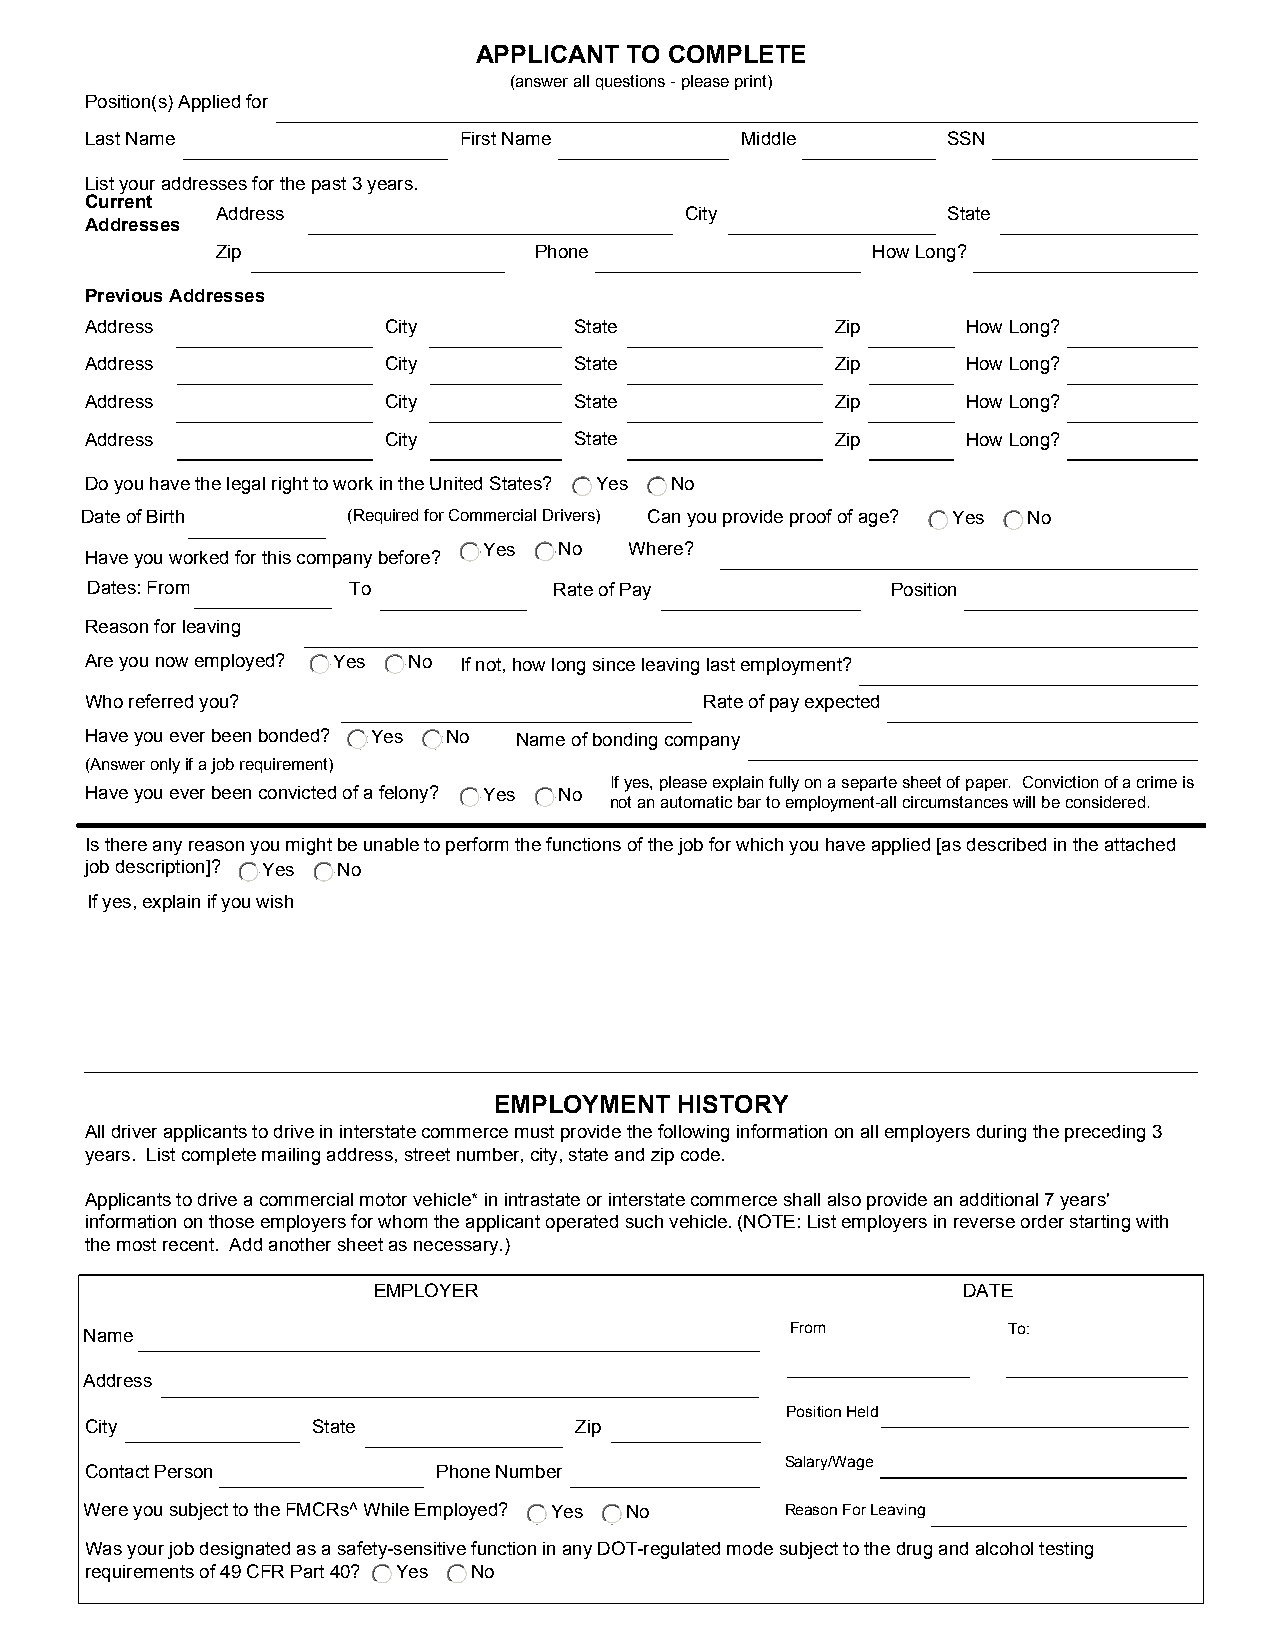
APPLICANT TO COMPLETE
 (answer all questions - please print)
 Position(s) Applied for
 Last Name               First Name         Middle        SSN
 List your addresses for the past 3 years.
 Current
 Address                        City              State
 Addresses
 Zip                  Phone                  How Long?
 Previous Addresses
 Address            City         State            Zip      How Long?
 Address            City         State            Zip      How Long?
 Address            City         State            Zip      How Long?
 Address            City         State            Zip      How Long?
 Do you have the legal right to work in the United States? Yes No
 Date of Birth     (Required for Commercial Drivers) Can you provide proof of age? Yes No
 Yes  No   Where?
 Have you worked for this company before?
 Dates: From      To            Rate of Pay           Position
 Reason for leaving
 Are you now employed? Yes No If not, how long since leaving last employment?
 Who referred you?                        Rate of pay expected
 Have you ever been bonded? Yes No Name of bonding company
 (Answer only if a job requirement)
 If yes, please explain fully on a separte sheet of paper. Conviction of a crime is
 Have you ever been convicted of a felony? Yes No
 not an automatic bar to employment-all circumstances will be considered.
 Is there any reason you might be unable to perform the functions of the job for which you have applied [as described in the attached
 job description]? Yes No
 If yes, explain if you wish
 EMPLOYMENT  HISTORY
 All driver applicants to drive in interstate commerce must provide the following information on all employers during the preceding 3
 years. List complete mailing address, street number, city, state and zip code.
 Applicants to drive a commercial motor vehicle* in intrastate or interstate commerce shall also provide an additional 7 years'
 information on those employers for whom the applicant operated such vehicle. (NOTE: List employers in reverse order starting with
 the most recent. Add another sheet as necessary.)
 EMPLOYER                               DATE
 Name                                          From           To:
 Address
 Position Held
 City           State            Zip
 Salary/Wage
 Contact Person         Phone Number
 Were you subject to the FMCRs^ While Employed? Yes No Reason For Leaving
 Was your job designated as a safety-sensitive function in any DOT-regulated mode subject to the drug and alcohol testing
 requirements of 49 CFR Part 40? Yes No